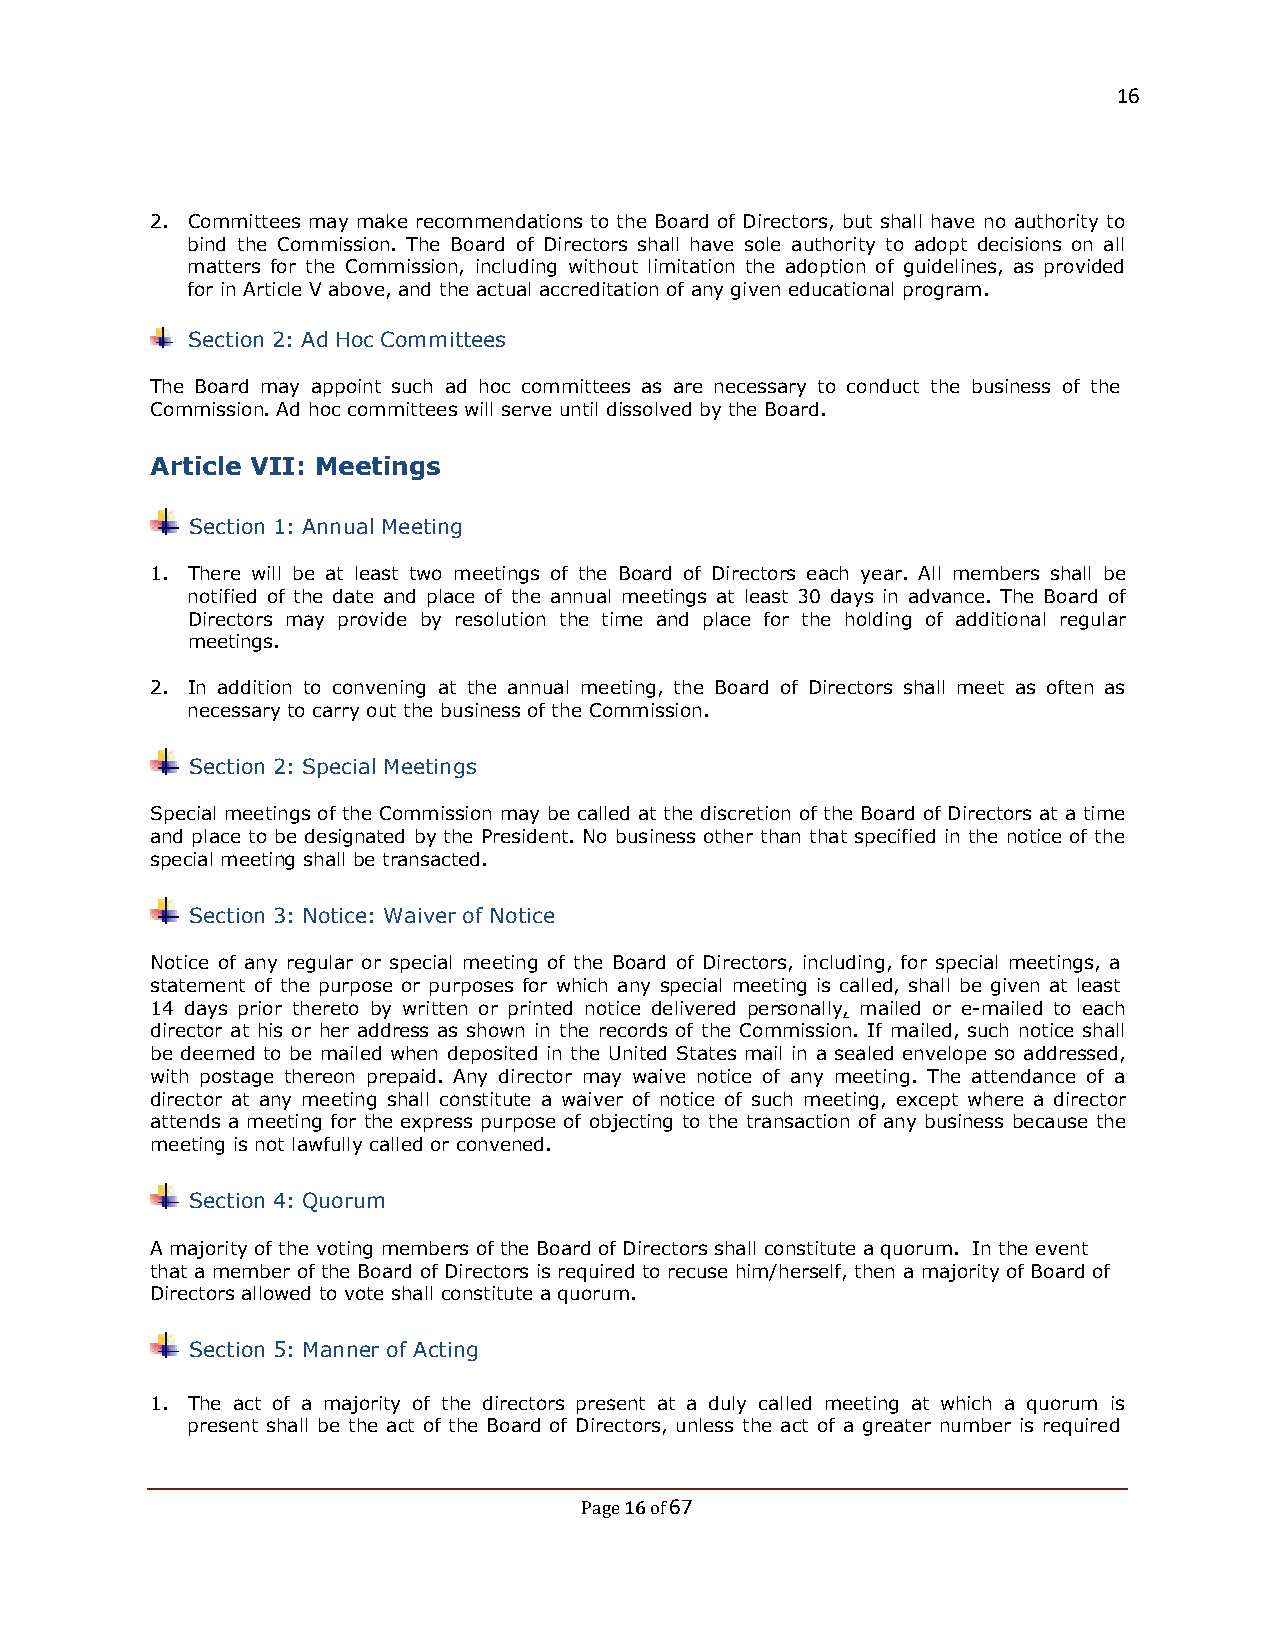
16
 2. Committees may make recommendations to the Board of Directors, but shall have no authority to
 bind the Commission. The Board of Directors shall have sole authority to adopt decisions on all
 matters for the Commission, including without limitation the adoption of guidelines, as provided
 for in Article V above, and the actual accreditation of any given educational program.
 Section 2: Ad Hoc Committees
 The Board may appoint such ad hoc committees as are necessary to conduct the business of the
 Commission. Ad hoc committees will serve until dissolved by the Board.
 Article VII: Meetings
 Section 1: Annual Meeting
 1. There will be at least two meetings of the Board of Directors each year. All members shall be
 notified of the date and place of the annual meetings at least 30 days in advance. The Board of
 Directors may provide by resolution the time and place for the holding of additional regular
 meetings.
 2. In addition to convening at the annual meeting, the Board of Directors shall meet as often as
 necessary to carry out the business of the Commission.
 Section 2: Special Meetings
 Special meetings of the Commission may be called at the discretion of the Board of Directors at a time
 and place to be designated by the President. No business other than that specified in the notice of the
 special meeting shall be transacted.
 Section 3: Notice: Waiver of Notice
 Notice of any regular or special meeting of the Board of Directors, including, for special meetings, a
 statement of the purpose or purposes for which any special meeting is called, shall be given at least
 14 days prior thereto by written or printed notice delivered personally, mailed or e-mailed to each
 director at his or her address as shown in the records of the Commission. If mailed, such notice shall
 be deemed to be mailed when deposited in the United States mail in a sealed envelope so addressed,
 with postage thereon prepaid. Any director may waive notice of any meeting. The attendance of a
 director at any meeting shall constitute a waiver of notice of such meeting, except where a director
 attends a meeting for the express purpose of objecting to the transaction of any business because the
 meeting is not lawfully called or convened.
 Section 4: Quorum
 A majority of the voting members of the Board of Directors shall constitute a quorum. In the event
 that a member of the Board of Directors is required to recuse him/herself, then a majority of Board of
 Directors allowed to vote shall constitute a quorum.
 Section 5: Manner of Acting
 1. The act of a majority of the directors present at a duly called meeting at which a quorum is
 present shall be the act of the Board of Directors, unless the act of a greater number is required
 16 67
 Page of